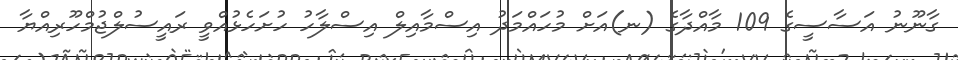
ގާނޫނު އަސާސީގެ 109 މާއްދާގެ (ނ)އަށް މުހައްމަދު އިސްމާއިލް އިސްލާހު ހުށަހެޅުއްވީ ރައީސުލްޖުމްހޫރިއްޔާ